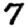
Digit: 7